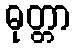
ဓုတ္တာ